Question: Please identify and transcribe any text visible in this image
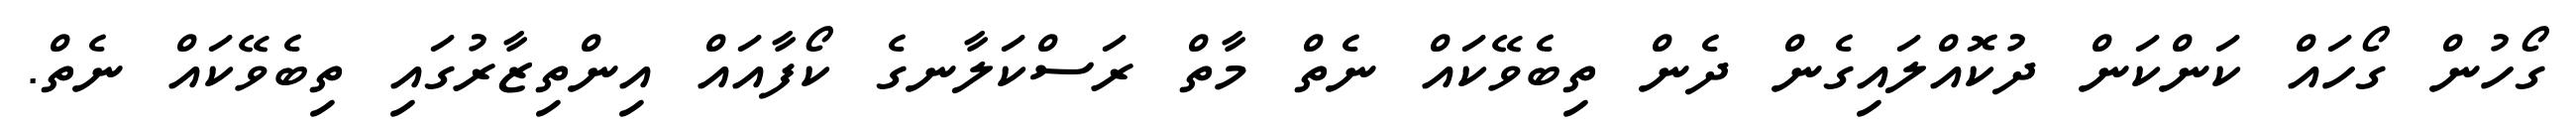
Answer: ގޯހުން ގޯހައް ކަންކަން ދުކޮއްލައިގެން ދެން ތިބެވޭކައް ނެތް މާތް ރަސްކަލާނގެ ކޯފާއައް އިންތިޒާރުގައި ތިބެވޭކައް ނެތް.